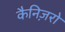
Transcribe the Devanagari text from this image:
कैनिज़रो